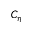
C _ { \eta }